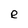
Character: e